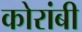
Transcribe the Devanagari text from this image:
कोरांबी